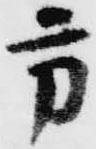
方